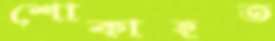
শোকাহত